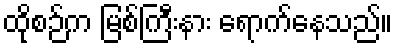
ထိုစဉ်က မြစ်ကြီးနား ရောက်နေသည်။